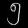
Digit: ၅